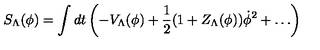
S _ { \Lambda } ( \phi ) = \int d t \left( - V _ { \Lambda } ( \phi ) + { \frac { 1 } { 2 } } ( 1 + Z _ { \Lambda } ( \phi ) ) \dot { \phi } ^ { 2 } + \ldots \right)